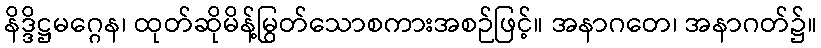
နိဒ္ဒိဋ္ဌမဂ္ဂေန၊ ထုတ်ဆိုမိန့်မြွတ်သောစကားအစဉ်ဖြင့်။ အနာဂတေ၊ အနာဂတ်၌။